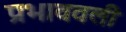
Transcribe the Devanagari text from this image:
प्रभाववली